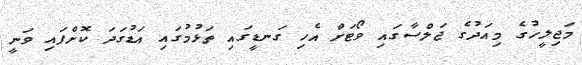
މަޖިލީހުގެ މިއަދުގެ ޖަލްސާގައި ވޯޓަށް އެހި ގަނޑީގައި ތަޅުމުގައި އަޑުގަދަ ކޮށްފައި ވަނީ